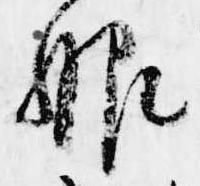
服